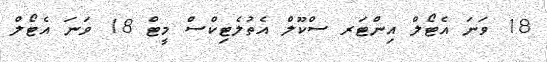
18 ވަނަ އެޓޯލް އިންޓަރ ސްކޫލް އެތުލެޓިކްސް މީޓް 18 ވަނަ އެޓޯލް